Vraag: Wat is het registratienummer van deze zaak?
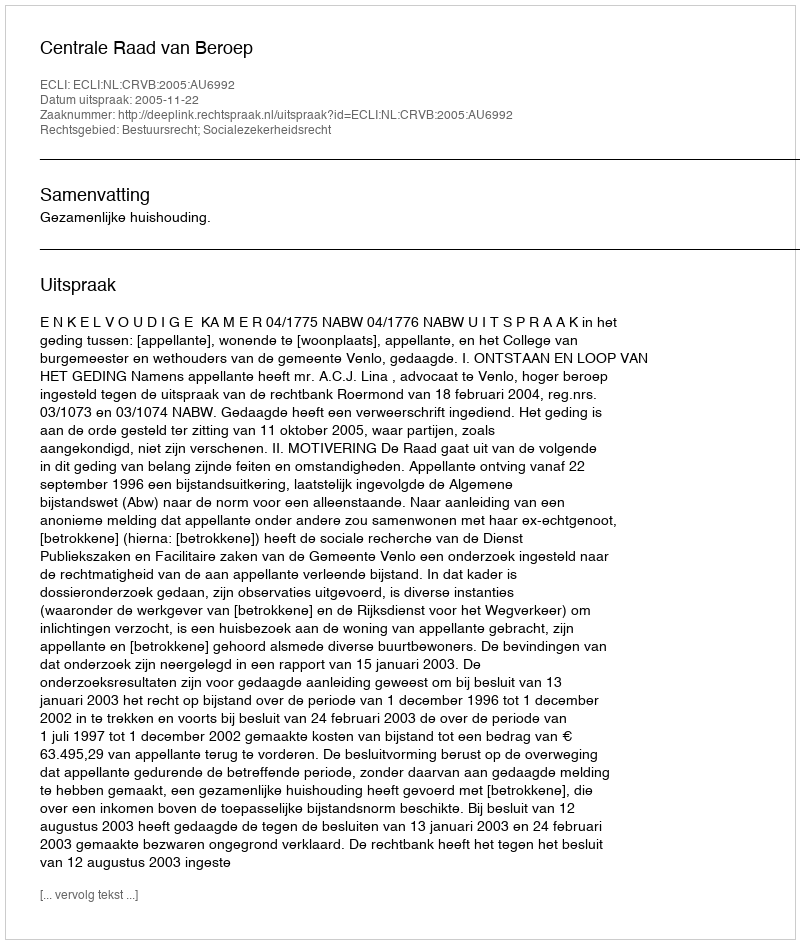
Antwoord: http://deeplink.rechtspraak.nl/uitspraak?id=ECLI:NL:CRVB:2005:AU6992